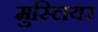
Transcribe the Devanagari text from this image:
मुस्लियर